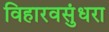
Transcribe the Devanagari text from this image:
विहारवसुंधरा